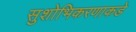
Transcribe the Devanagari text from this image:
सुशोभिकरणाकडे